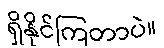
ရှိနိုင်ကြတာပဲ။